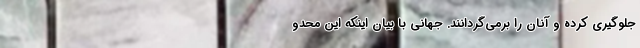
جلوگیری کرده و آنان را برمی‌گردانند. جهانی با بیان اینکه این محدو